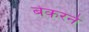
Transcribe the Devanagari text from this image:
बेकरने